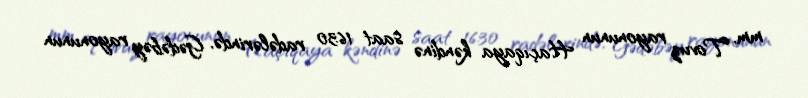
mm, Tovuz rayonunun Haçıqaya kəndinə saat 16:30 radələrində, Gədəbəy rayonunun